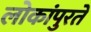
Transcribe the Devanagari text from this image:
लोकांपुरते